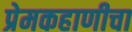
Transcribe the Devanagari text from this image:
प्रेमकहाणीचा